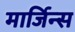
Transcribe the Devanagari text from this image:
मार्जिन्स